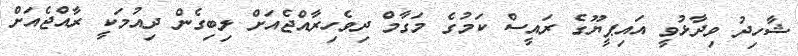
ޝާހިދު ވިދާޅުވީ އައިޕީޔޫގެ ރައީސް ކަމުގެ މަގާމް ދިވެހިރާއްޖެއަށް ލިބިގެން ދިއުމަކީ ރާއްޖެއަށް